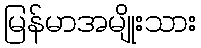
မြန်မာအမျိုးသား